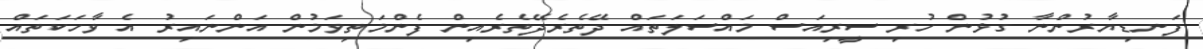
ފަނޑިޔާރުންނާ ގުޅުން ހުރި ސީރިއަސް މައްސަލަތައް ދޭތެރެދޭތެރެއިން ފެންމަތިވަމުން އަންނައިރު އެ ވާހަކަތައް